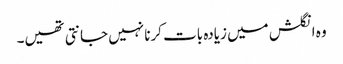
وہ انگلش میں زیادہ بات کرنا نہیں جانتی تھیں۔